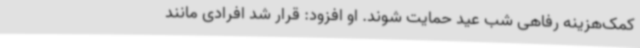
کمک‌هزینه رفاهی شب عید حمایت شوند. او افزود: قرار شد افرادی مانند